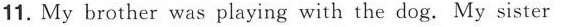
11. My brother was playing with the dog.My sister